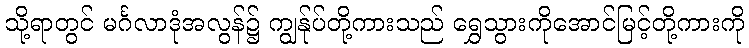
သို့ရာတွင် မင်္ဂလာဒုံအလွန်၌ ကျွန်ုပ်တို့ကားသည် ရွှေသွားကိုအောင်မြင့်တို့ကားကို